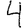
Digit: 4